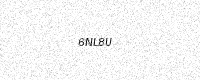
Text: 6NL8U